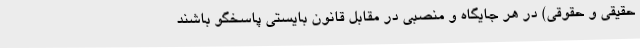
حقیقی و حقوقی) در هر جایگاه و منصبی در مقابل قانون بایستی پاسخگو باشند